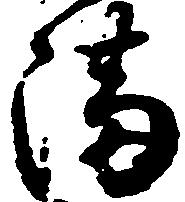
満